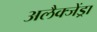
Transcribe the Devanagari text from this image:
अलैक्जेंड्रा